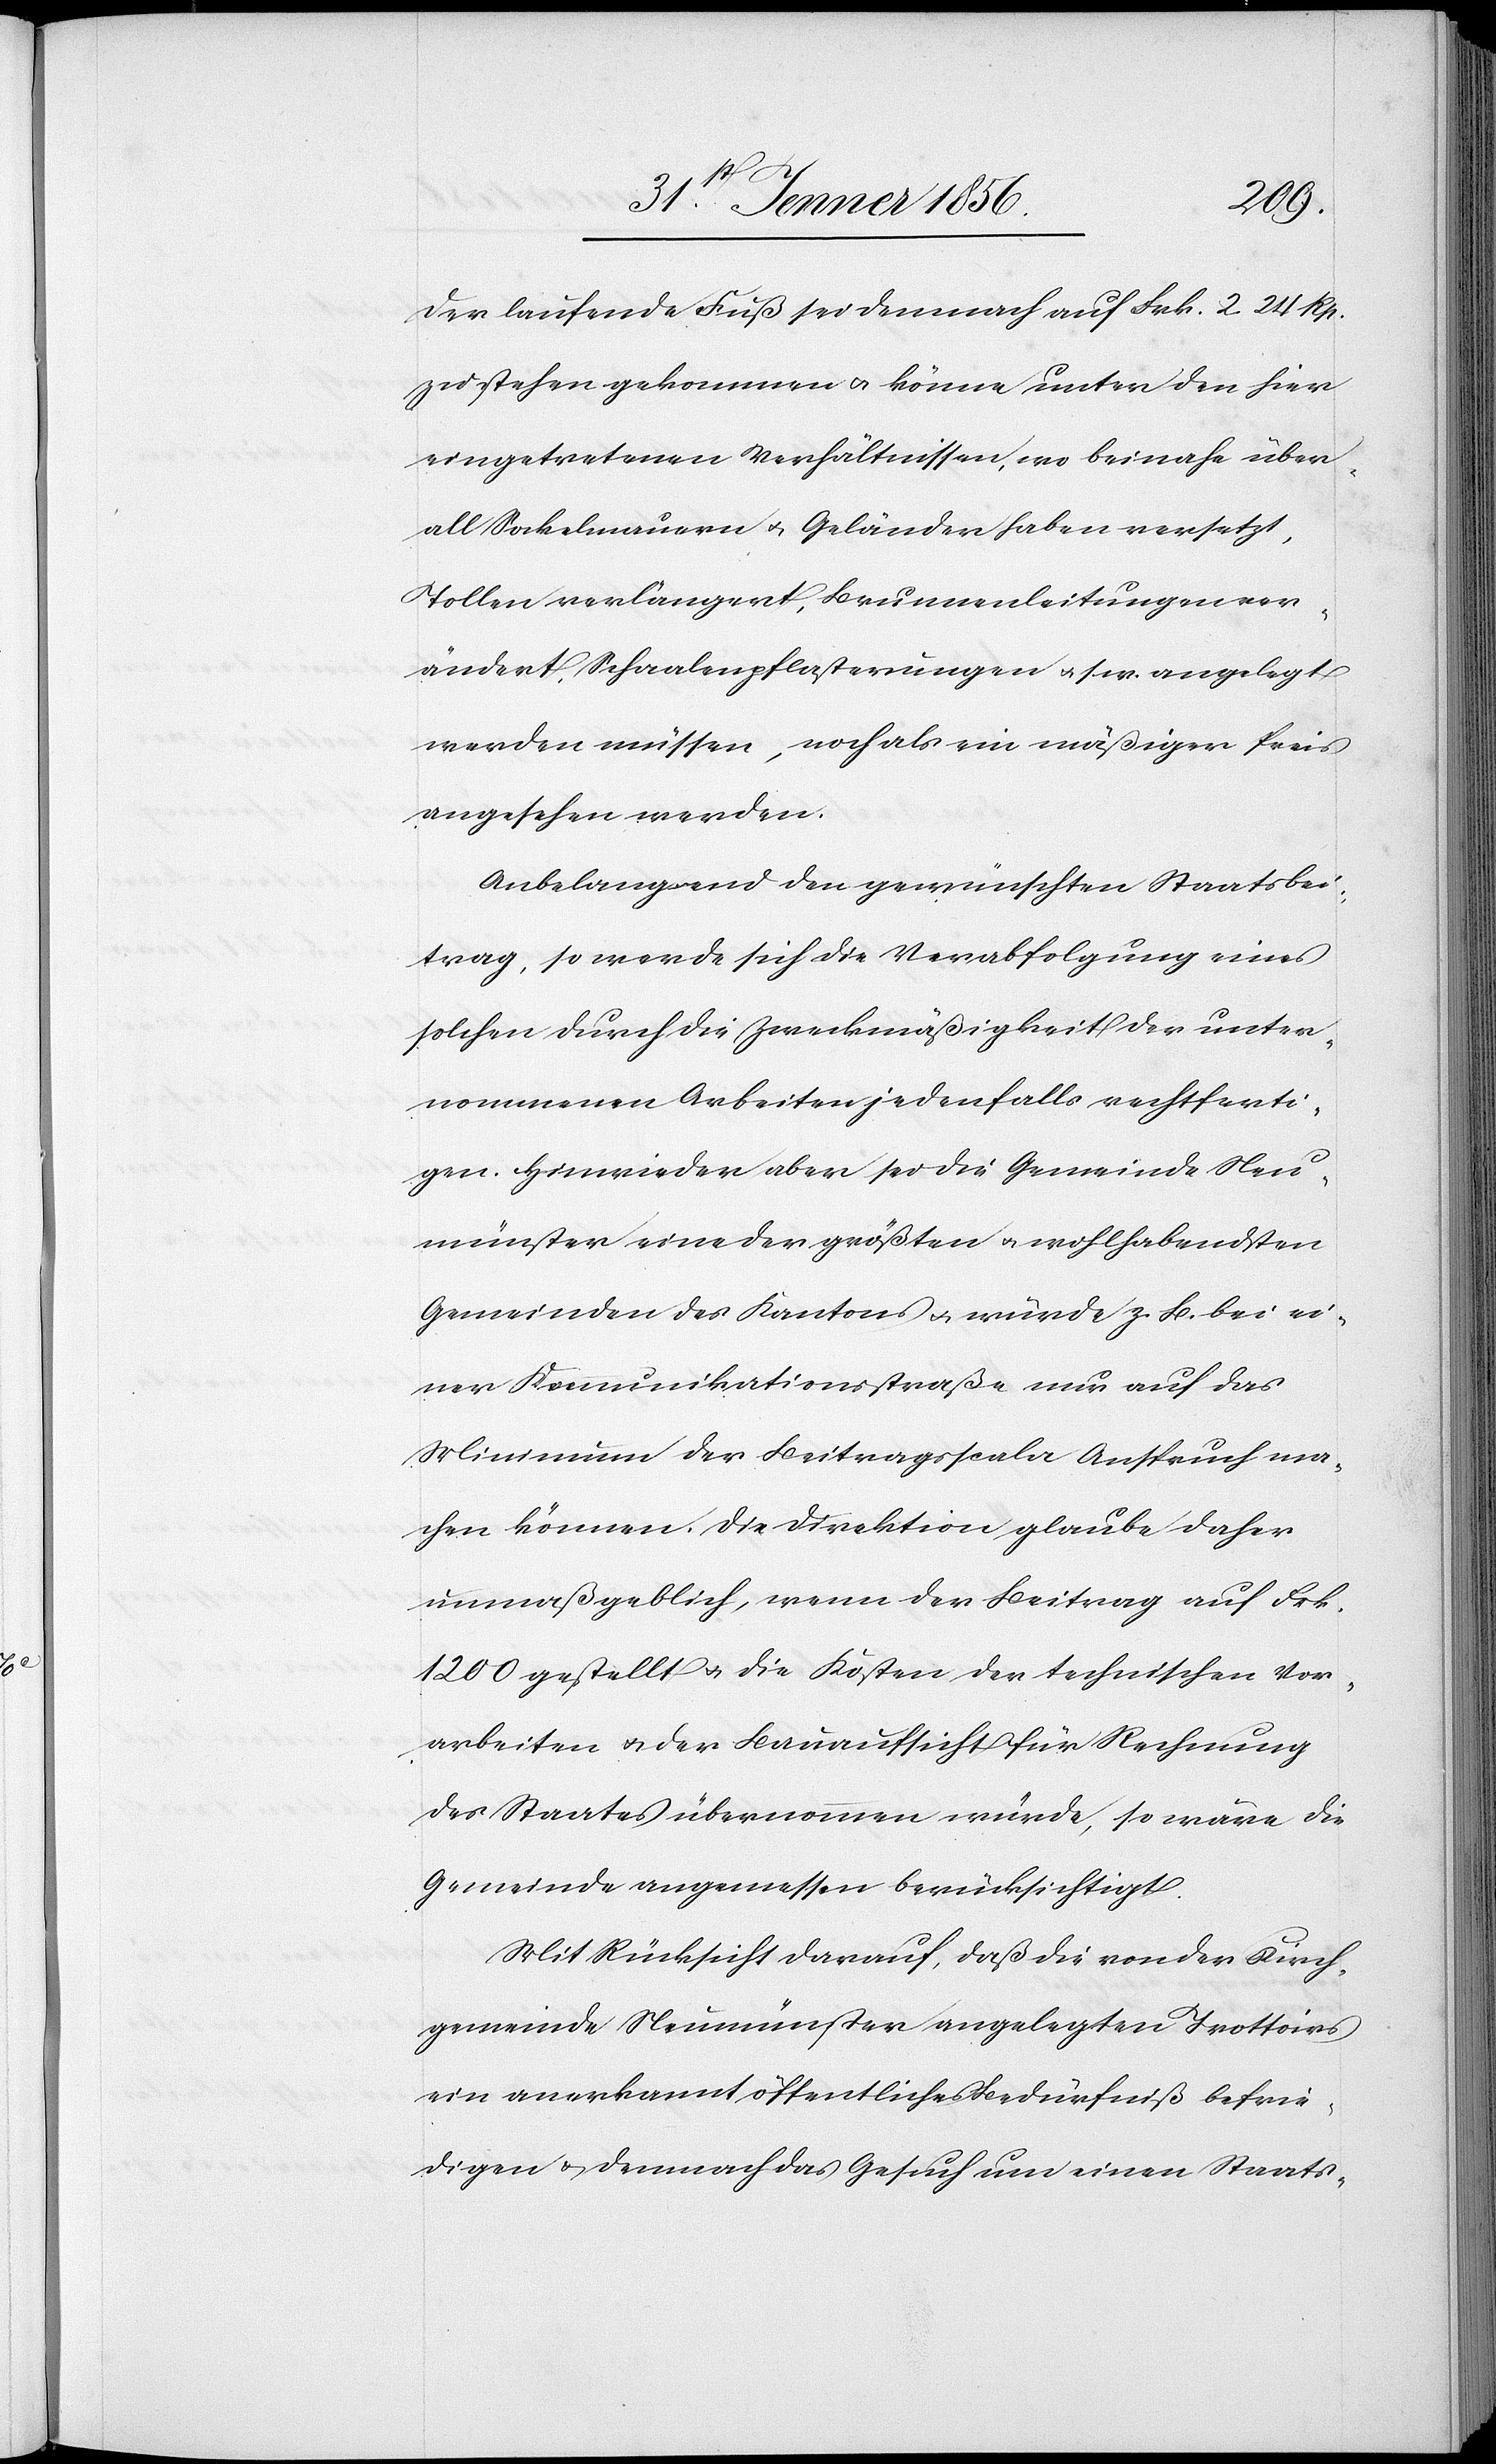
Der laufende Fuß sei demnach auf Frk. 2. 24 Rp.
zu stehen gekommen u. könne unter den hier
eingetretenen Verhältnissen, wo beinahe über¬
all Sockelmauern u. Geländer haben versetzt,
Tollen verlängert, Brunnenleitungen ver¬
ändert, Schaalenpflasterungen u. sev. angelegt
werden müssen, noch als ein mäßiger Preis
angesehen werden.
Anbelangend den gewünschten Staatsbei¬
trag, so werde sich die Verabfolgung eines
solchen durch die Zweckmäßigkeit der unter¬
nommenen Arbeiten jedenfalls rechtferti¬
gen. Hinwieder aber sei die Gemeinde Neu¬
münster eine der größten u. wohlhabendsten
Gemeinden des Kantons u. würde z. B. ei¬
ner Kommunikationsstraße nur auf das
Minimum der Beitragsscala Anspruch ma¬
chen können. Die Direktion glaube daher
unmaßgeblich, wenn der Beitrag auf Frk.
1200 gestellt u. die Kosten der technischen Vor¬
arbeiten u. der Bauaufsicht für Rechnung
des Staates übernommen würde, so wäre die
Gemeinde angemessen berücksichtigt.
Mit Rücksicht darauf, daß die von der Kirch¬
gemeinde Neumünster angelegten Trottoirs
ein anerkannt öffentliches Bedürfniß befrie¬
digen u. demnach das Gesuch um einen Staats-